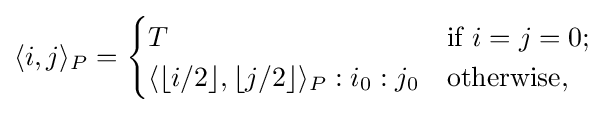
\langle i,j\rangle _{P}={\begin{cases}T&{\text{if}}\ i=j=0;\\\langle \lfloor i/2\rfloor ,\lfloor j/2\rfloor \rangle _{P}:i_{0}:j_{0}&{\text{otherwise,}}\end{cases}}